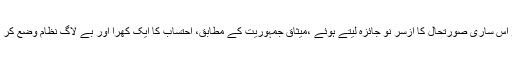
اب تو وقت گزر گیا ہے لیکن نئی پارلیمنٹ کو ضرور اس ساری صورتحال کا ازسر نو جائزہ لیتے ہوئے ،میثاق جمہوریت کے مطابق، احتساب کا ایک کھرا اور بے لاگ نظام وضع کر کے، ڈکٹیٹر کی اس نشانی کو رخصت کر دینا چاہئے۔